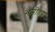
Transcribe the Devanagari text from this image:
भारीतय